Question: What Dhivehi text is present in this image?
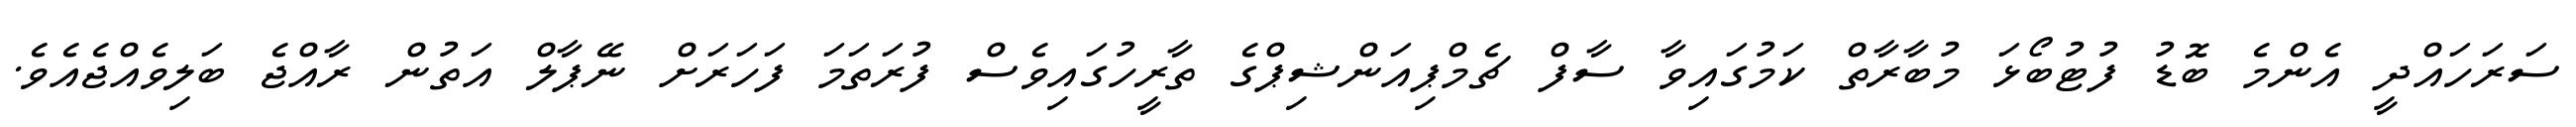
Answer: ސަރަހައްދީ އެންމެ ބޮޑު ފުޓުބޯޅަ މުބާރާތް ކަމުގައިވާ ސާފް ޗެމްޕިއަންޝިޕްގެ ތާރީހުގައިވެސް ފުރަތަމަ ފަހަރަށް ނޭޕާލް އަތުން ރާއްޖެ ބަލިވެއްޖެއެވެ.